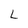
Character: L